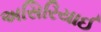
અસિરિયાઈ